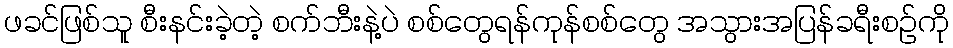
ဖခင်ဖြစ်သူ စီးနင်းခဲ့တဲ့ စက်ဘီးနဲ့ပဲ စစ်တွေရန်ကုန်စစ်တွေ အသွားအပြန်ခရီးစဉ်ကို